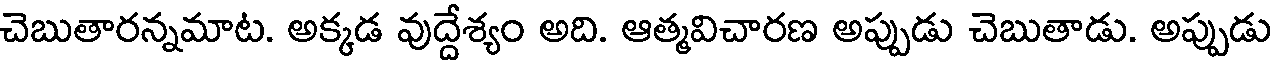
చెబుతారన్నమాట. అక్కడ వుద్దేశ్యం అది. ఆత్మవిచారణ అప్పుడు చెబుతాడు. అప్పుడు